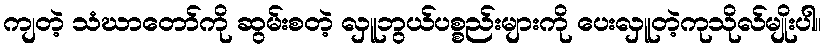
ကျတဲ့ သံဃာတော်ကို ဆွမ်းစတဲ့ လှူဘွယ်ပစ္စည်းများကို ပေးလှူတဲ့ကုသိုလ်မျိုးပါ။